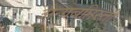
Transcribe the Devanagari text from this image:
अनाबप्तिस्ती